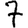
Digit: 7